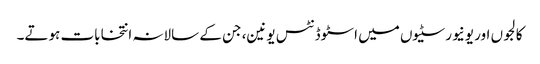
کالجوں اور یونیورسٹیوں میں اسٹوڈنٹس یونین، جن کے سالانہ انتخابات ہوتے۔